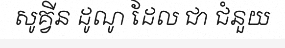
សូគ្វីន ដូណូ ដែល ជា ជំនួយ